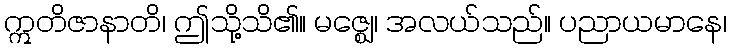
ဣတိဇာနာတိ၊ ဤသို့သိ၏။ မဇ္ဈေ၊ အလယ်သည်။ ပညာယမာနေ၊